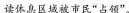
\underline{读休息区域被市民“占领”}。